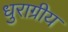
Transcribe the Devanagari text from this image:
धुराग्रीय